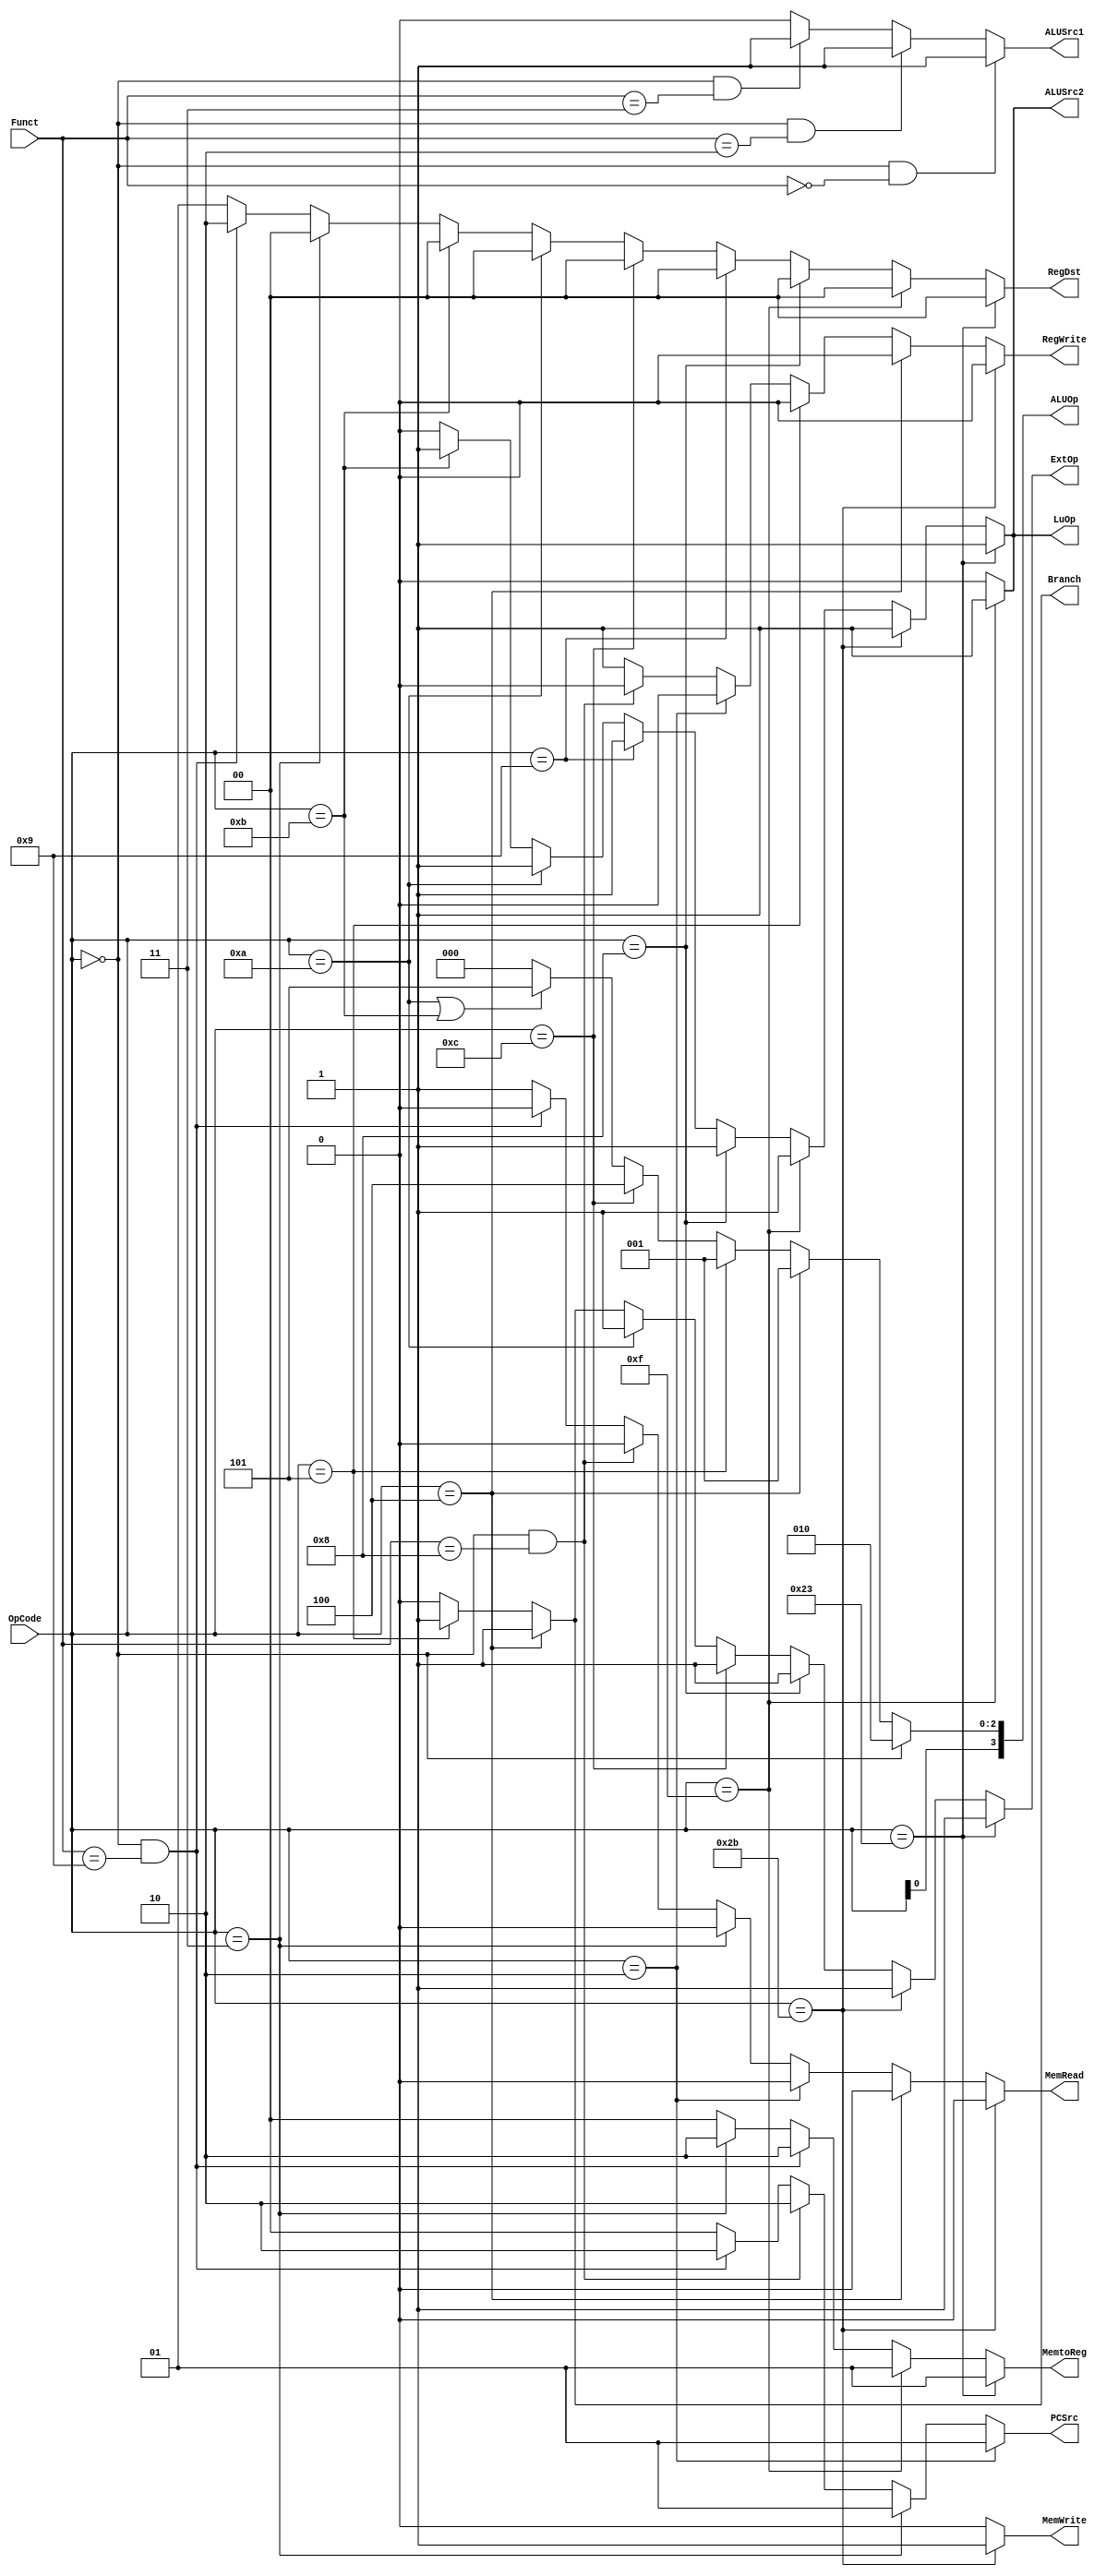
module Control(OpCode, Funct,
	PCSrc, Branch, RegWrite, RegDst, 
	MemRead, MemWrite, MemtoReg, 
	ALUSrc1, ALUSrc2, ExtOp, LuOp, ALUOp);
	input [5:0] OpCode;
	input [5:0] Funct;
	output [1:0] PCSrc;
	output Branch;
	output RegWrite;
	output [1:0] RegDst;
	output MemRead;
	output MemWrite;
	output [1:0] MemtoReg;
	output ALUSrc1;
	output ALUSrc2;
	output ExtOp;
	output LuOp;
	output [3:0] ALUOp;
	
	assign PCSrc[1:0] = 
		(OpCode == 6'h02)? 2'b01: 
		(OpCode == 6'h03)? 2'b01: 
		(OpCode == 6'h00 && Funct == 6'h08)? 2'b10: 
		(OpCode == 6'h00 && Funct == 6'h09)? 2'b10: 
		2'b00;

	assign Branch = 
		(OpCode == 6'h04)? 1'b1:
		(OpCode == 6'h05)? 1'b1:
		1'b0;

	assign RegWrite = 
		(OpCode == 6'h2b)? 1'b0: 
		(OpCode == 6'h04)? 1'b0:
		(OpCode == 6'h05)? 1'b0: 
		(OpCode == 6'h02)? 1'b0: 
		(OpCode == 6'h00 && Funct == 6'h08)? 1'b0: 
		1'b1;

	assign RegDst = 
		(OpCode == 6'h23)? 2'b00: 
		(OpCode == 6'h0f)? 2'b00: 
		(OpCode == 6'h08)? 2'b00: 
		(OpCode == 6'h09)? 2'b00:
		(OpCode == 6'h0c)? 2'b00:
		(OpCode == 6'h0a)? 2'b00:
		(OpCode == 6'h0b)? 2'b00:
		(OpCode == 6'h03)? 2'b00:
		(OpCode == 6'h00 && Funct == 6'h09)? 2'b10: 
		2'b01;

// I use MemRead to distinguish between 'beq' and 'bne'  >v<
	assign MemRead = 
		(OpCode == 6'h2b)? 1'b0: 
		(OpCode == 6'h04)? 1'b0:
		(OpCpde == 6'h05)? 1'b1: 
		(OpCode == 6'h02)? 1'b0:
		(OpCode == 6'h03)? 1'b0:
		(OpCode == 6'h00 && Funct == 6'h08)? 1'b0:
		(OpCode == 6'h00 && Funct == 6'h09)? 1'b0: 
		1'b1;

	assign MemWrite = 
		(OpCode == 6'h2b)? 1'b1: 
		1'b0;

	assign MemtoReg = 
		(OpCode == 6'h23)? 2'b01: 
		(OpCode == 6'h0f)? 2'b01: 
		(OpCode == 6'h00 && Funct == 6'h09)? 2'b10:
		(OpCode == 6'h03)? 2'b10:
		2'b00;

	assign ALUSrc1 =
		(OpCode == 6'h00 && Funct == 6'h00)? 1'b1:
		(OpCode == 6'h00 && Funct == 6'h02)? 1'b1:
		(OpCode == 6'h00 && Funct == 6'h03)? 1'b1:
		1'b0;

	assign ALUSrc2 = 
		(OpCode == 6'h23)? 1'b1:
		(OpCode == 6'h2b)? 1'b1:
		(OpCode == 6'h0f)? 1'b1:
		(OpCode == 6'h08)? 1'b1:
		(OpCode == 6'h09)? 1'b1:
		(OpCode == 6'h0a)? 1'b1:
		(OpCode == 6'h0b)? 1'b1:
		1'b0;

	assign ExtOp = 
		(OpCode == 6'h23)? 1'b1:
		(OpCode == 6'h2b)? 1'b1:
		(OpCode == 6'h08)? 1'b1:
		(OpCode == 6'h0c)? 1'b1:
		(OpCode == 6'h0a)? 1'b1:
		(OpCode == 6'h04)? 1'b1:
		(OpCode == 6'h05)? 1'b1:
		1'b0;

	assign ALUSrc2 = 
		(OpCode == 6'h0f)? 1'b1:
		1'b0;
	
	assign ALUOp[2:0] = 
		(OpCode == 6'h00)? 3'b010: 
		(OpCode == 6'h04)? 3'b001: 
		(OpCode == 6'h05)? 3'b001:
		(OpCode == 6'h0c)? 3'b100: 
		(OpCode == 6'h0a || OpCode == 6'h0b)? 3'b101: 
		3'b000;
		
	assign ALUOp[3] = OpCode[0];

	assign LuOp = 
		(OpCode == 6'h0f)? 1'b1:
		1'b0;
	
endmodule